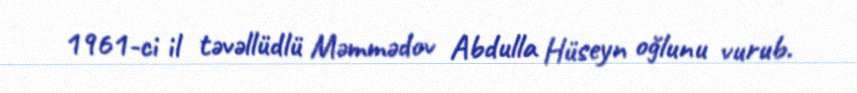
1961-ci il təvəllüdlü Məmmədov Abdulla Hüseyn oğlunu vurub.